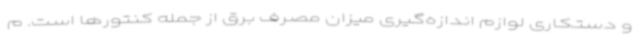
و دستکاری لوازم اندازه‌گیری میزان مصرف برق از جمله کنتورها است. م